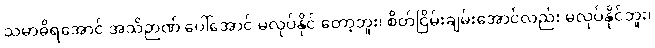
သမာဓိရအောင် အသိဉာဏ် ပေါ်အောင် မလုပ်နိုင် တော့ဘူး၊ စိတ်ငြိမ်းချမ်းအောင်လည်း မလုပ်နိုင်ဘူး၊